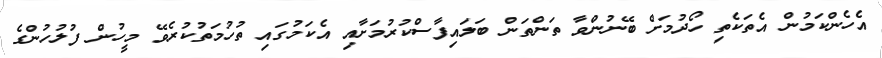
އެހެންކަމުން އެތަކެތި ހޯދުމަށް ބޭނުންވާ ތަންތަން ބަލައިފާސްކުރުމަށާއި އެކަމުގައި ތުހުމަތުކުރެވޭ މީހުން ފުލުހުންގެ